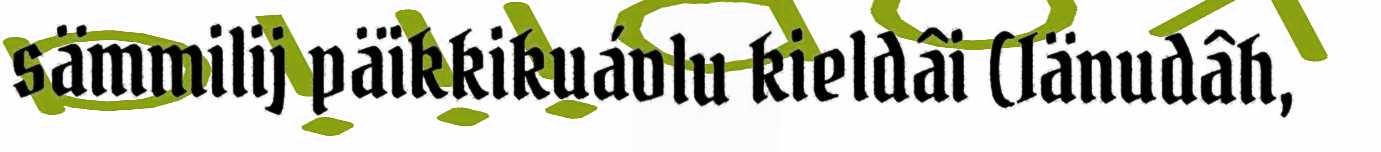
sämmilij päikkikuávlu kieldâi (Iänudâh,